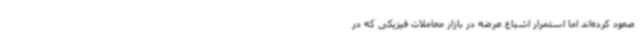
صعود کرده‌اند اما استمرار اشباع عرضه در بازار معاملات فیزیکی که در